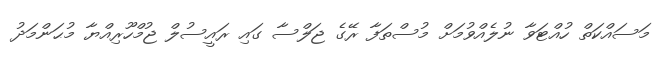
މަސައްކަތް ހުއްޓަވާ ނުލެއްވުމަށް މުސްތަފާ ރޭގެ ޖަލްސާ ގައި ރައީސުލް ޖުމްހޫރިއްޔާ މުޙަންމަދު